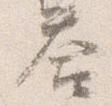
答